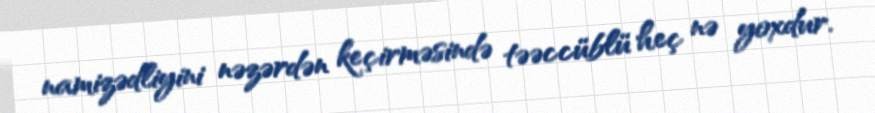
namizədliyini nəzərdən keçirməsində təəccüblü heç nə yoxdur.